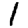
Digit: 1